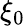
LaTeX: \xi_{0}